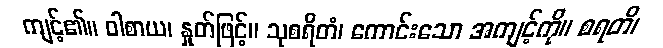
ကျင့်၏။ ဝါစာယ၊ နှုတ်ဖြင့်။ သုစရိတံ၊ ကောင်းသော အကျင့်ကို။ စရတိ၊